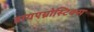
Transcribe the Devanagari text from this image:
डायएग्नोस्टिक्स